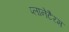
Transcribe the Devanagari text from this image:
प्लानेटैरम